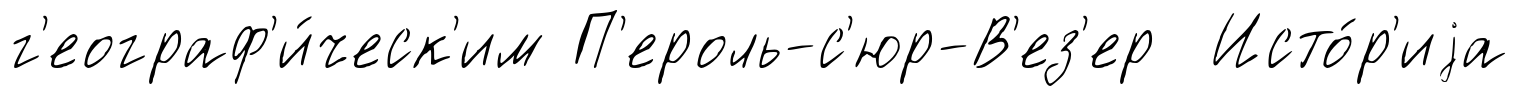
г'еограф'и́ческ'им П'ероль-с'юр-В'ез'ер Исто́р'иjа